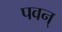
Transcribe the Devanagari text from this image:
पवन्